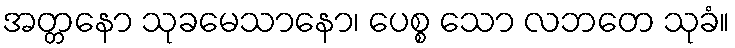
အတ္တနော သုခမေသာနော၊ ပေစ္စ သော လဘတေ သုခံ။